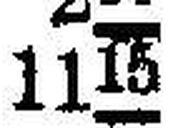
1155